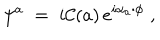
\psi ^ { a } \; = \; i { \cal C } ( a ) \, e ^ { i \alpha _ { a } \cdot \phi } \; ,